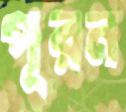
পূরন